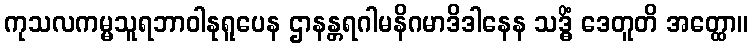
ကုသလကမ္မသူရဘာဝါနုရူပေန ဌာနန္တရဂါမနိဂမာဒိဒါနေန သဒ္ဓိံ ဒေတူတိ အတ္ထော။